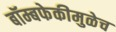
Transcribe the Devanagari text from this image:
बॉम्बफेकीमुळेच